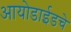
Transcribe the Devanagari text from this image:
आयोडाईडचे